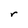
Character: r